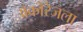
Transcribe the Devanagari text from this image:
अँकोरेजला